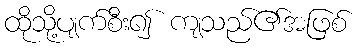
ထိုသို့ပျက်စီး၍ ကျသည်၏အဖြစ်